Civil Veterinary Dept. Bombay admin report 1900-1906 - 1900-1906
Year: 1900
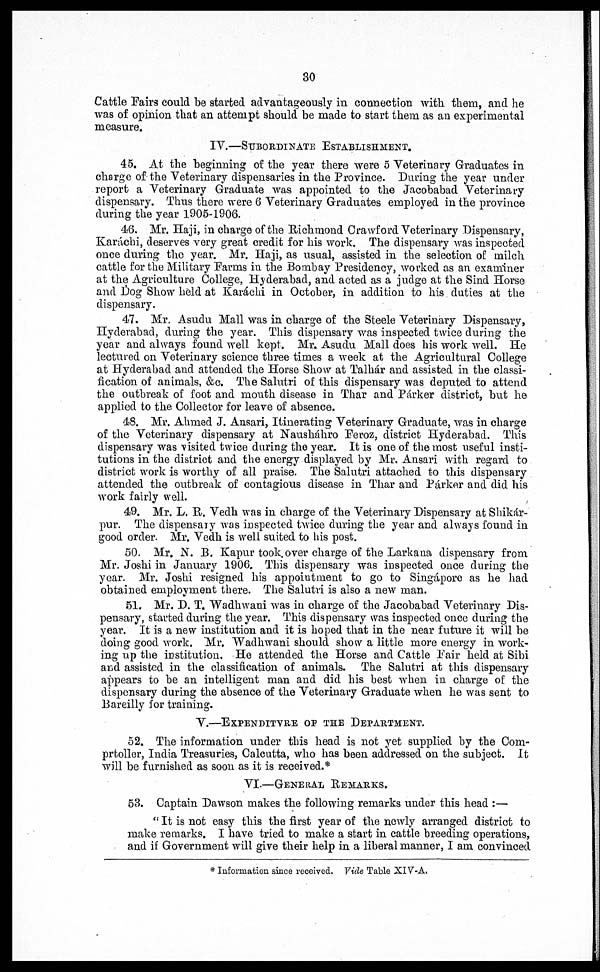
30
Cattle Fairs could be started advantageously in connection with them, and he
was of opinion that an attempt should be made to start them as an experimental
measure.
IV.—SUBORDINATE ESTABLISHMENT
45. At the beginning of the year there were 5 Veterinary Graduates in
charge of the Veterinary dispensaries in the Province. During the year under
report a Veterinary Graduate was appointed to the Jacobabad Veterinary
dispensary. Thus there were 6 Veterinary Graduates employed in the province
during the year 1905-1906.
46. Mr. Haji, in charge of the Richmond Crawford Veterinary Dispensary,
Karachi, deserves very great credit for his work. The dispensary was inspected
once during the year. Mr. Haji, as usual, assisted in the selection of milch
cattle for the Military Farms in the Bombay Presidency, worked as an examiner
at the Agriculture College, Hyderabad, and acted as a judge at the Sind Horse
and Dog Show held at Karachi in October, in addition to his duties at the
dispensary.
47. Mr. Asudu Mall was in charge of the Steele Veterinary Dispensary,
Hyderabad, during the year. This dispensary was inspected twice during the
year and always found well kept. Mr. Asudu Mall does his work well. He
lectured on Veterinary science three times a week at the Agricultural College
at Hyderabad and attended the Horse Show at Talhár and assisted in the classi-
fication of animals, &c. The Salutri of this dispensary was deputed to attend
the outbreak of foot and mouth disease in Thar and Parker district, but he
applied to the Collector for leave of absence.
48. Mr. Ahmed J. Ansari, Itinerating Veterinary Graduate, was in charge
of the Veterinary dispensary at Nausháhro Feroz, district Hyderabad. This
dispensary was visited twice during the year. It is one of the most useful insti-
tutions in the district and the energy displayed by Mr. Ansari with regard to
district work is worthy of all praise. The Salutri attached to this dispensary
attended the outbreak of contagious disease in Thar and Parker and did his
work fairly well.
49. Mr. L. R. Vedh was in charge of the Veterinary Dispensary at Shikár-
pur. The dispensary was inspected twice during the year and always found in
good order. Mr. Vedh is well suited to his post.
50. Mr. N. B. Kapur took over charge of the Larkana dispensary from
Mr. Joshi in January 1906. This dispensary was inspected once during the
year. Mr. Joshi resigned his appointment to go to Singapore as he had
obtained employment there. The Salutri is also a new man.
51. Mr. D. T. Wadhwani was in charge of the Jacobabad Veterinary Dis-
pensary, started during the year. This dispensary was inspected once during the
year. It is a new institution and it is hoped that in the near future it will be
doing good work. Mr. Wadhwani should show a little more energy in work-
ing up the institution. He attended the Horse and Cattle Pair held at Sibi
and assisted in the classification of animals. The Salutri at this dispensary
appears to be an intelligent man and did his best when in charge of the
dispensary during the absence of the Veterinary Graduate when he was sent to
Bareilly for training.
V.—EXPENDITURE OF THE DEPARTMENT.
52. The information under this head is not yet supplied by the Com-
prtoller, India Treasuries, Calcutta, who has been addressed on the subject. It
will be furnished as soon as it is received.*
VI.—GENERAL REMARKS.
53. Captain Dawson makes the following remarks under this head:—
"It is not easy this the first year of the newly arranged district to
make remarks. I have tried to make a start in cattle breeding operations,
and if Government will give their help in a liberal manner, I am convinced
* Information since received. Vide Table XIV-A,